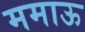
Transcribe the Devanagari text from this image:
ममाऊ